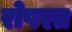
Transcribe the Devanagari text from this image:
रोषरत